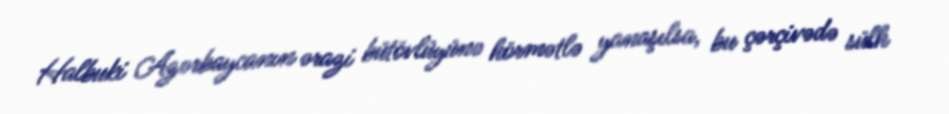
Halbuki Azərbaycanın ərazi bütövlüyünə hörmətlə yanaşılsa, bu çərçivədə sülh